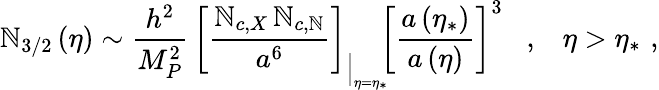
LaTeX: \mathbb{N}_{3/2}\left(\eta\right)\sim\frac{{h^{2}}}{{M_{P}^{2}}}\, \left[\frac{{\mathbb{N}_{c,X}\, \mathbb{N}_{c,\mathbb{N}}}}{{a^{6}}}\right]_{\Big\vert_{\eta=\eta_{*}}}\! \! \left[\frac{{a\left(\eta_{*}\right)}}{{a\left(\eta\right)}}\right]^{3}\; \; \; ,\; \; \; \eta>\eta_{*}\, \, ,